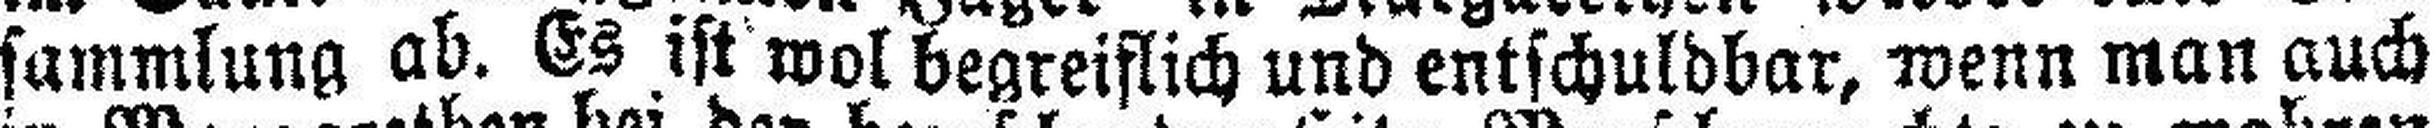
sammlung ab. Es ist wol begreiflich und entschuldbar, wenn man auch